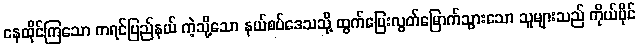
နေထိုင်ကြသော ကရင်ပြည်နယ် ကဲ့သို့သော နယ်စပ်ဒေသသို့ ထွက်ပြေးလွတ်မြောက်သွားသော သူများသည် ကိုယ်ပိုင်